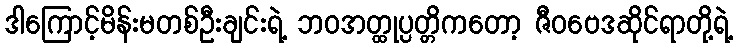
ဒါကြောင့်မိန်းမတစ်ဦးချင်းရဲ့ ဘဝအတ္ထုပ္ပတ္တိကတော့ ဇီဝဗေဒဆိုင်ရာတို့ရဲ့